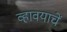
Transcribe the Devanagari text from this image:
व्हावयाचें